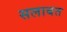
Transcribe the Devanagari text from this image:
सलाबत